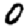
Digit: 0